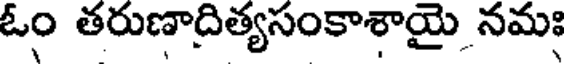
ఓం తరుణాదిత్యసంకాశాయై నమః